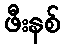
ဖီးနစ်